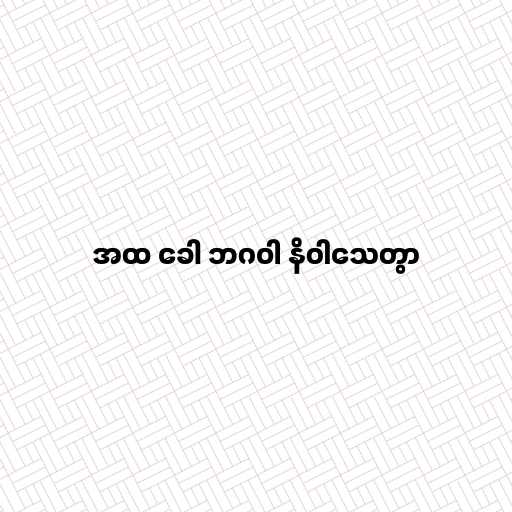
အထ ခေါ ဘဂဝါ နိဝါသေတွာ